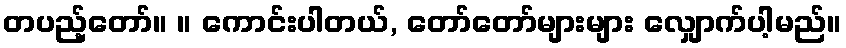
တပည့်တော်။ ။ ကောင်းပါတယ်, တော်တော်များများ လျှောက်ပါ့မည်။